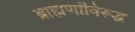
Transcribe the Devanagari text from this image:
ब्राह्मणांविरूद्ध